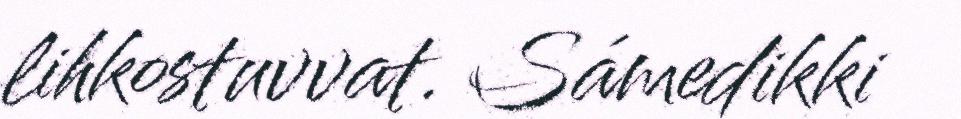
lihkostuvvat. Sámedikki